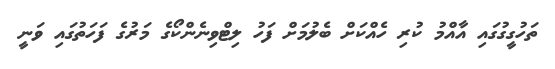
ތަހުގީގުގައި އާއްމު ކުރި ހެއްކަށް ބެލުމަށް ފަހު ލިޓްވިނެންކޯގެ މަރުގެ ފަހަތުގައި ވަނީ